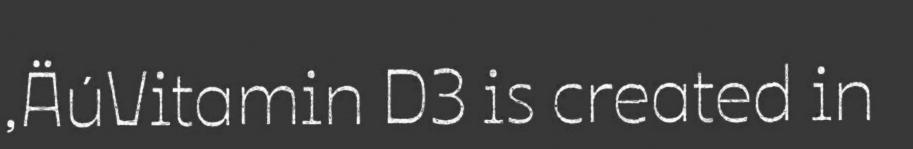
‚ÄúVitamin D3 is created in